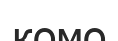
комо